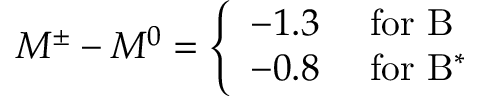
M ^ { \pm } - M ^ { 0 } = \left\{ \begin{array} { r l } { { - 1 . 3 } } & { { \mathrm { ~ f o r ~ B } } } \\ { { - 0 . 8 } } & { { \mathrm { ~ f o r ~ B ^ { * } ~ } } } \end{array} \right.